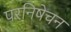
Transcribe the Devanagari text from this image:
परनिषेचन